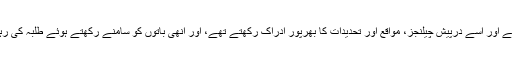
ڈاکٹر مغیث پاکستان کی میڈیا انڈسٹری کے رگ ریشے سے واقف تھے اور اسے درپیش چیلنجز، مواقع اور تحدیدات کا بھرپور ادراک رکھتے تھے، اور انھی باتوں کو سامنے رکھتے ہوئے طلبہ کی رہنمائی کرتے اور عملی زندگی میں بھی ان کی سرپرستی کرتے تھے۔